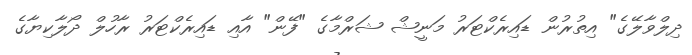
ދިލްވާލޭގެ" އިތުރުން ޑައިރެކްޓަރު މަނީޝް ޝަރްމާގެ "ފޭން" އާއި ޑައިރެކްޓަރު ރާހުލް ދޯލާކިޔާގެ